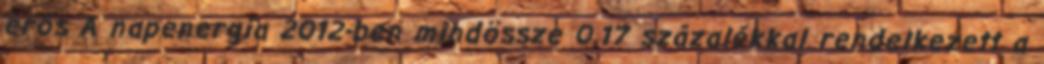
erős A napenergia 2012-ben mindössze 0,17 százalékkal rendelkezett a